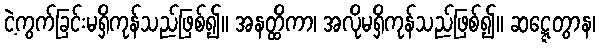
ငဲ့ကွက်ခြင်းမရှိကုန်သည်ဖြစ်၍။ အနတ္ထိကာ၊ အလိုမရှိကုန်သည်ဖြစ်၍။ ဆဋ္ဋေတွာန၊